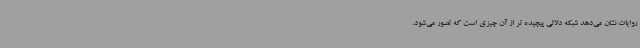
روایات نشان می‌دهد شبکه دلالی پیچیده تر از آن چیزی است که تصور می‌شود.